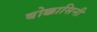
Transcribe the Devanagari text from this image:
बोक्कासिनी